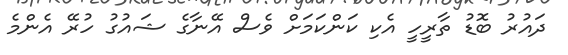
ދައުރު ބޮޑު ތާރީހީ އެކި ކަންކަމަށް ވެސް އޭނާގެ ޝައުގު ހުރޭ އެންމެ